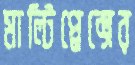
মাল্টিপ্লেক্সের